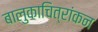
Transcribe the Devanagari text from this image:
बालुकाचित्रांकन